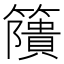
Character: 𥶐